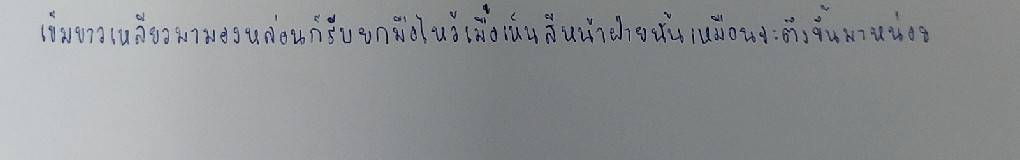
เข็มขาวเหลียวมามองหล่อนก็รีบยกมือไหว้เมื่อเห็นสีหน้าฝ่ายนั้นเหมือนจะตึงขึ้นมาหน่อย